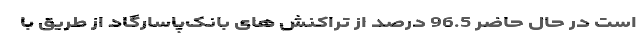
است در حال حاضر 96.5 درصد از تراکنش­ های بانک‌پاسارگاد از طریق با